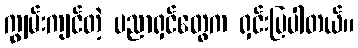
ကျွမ်းကျင်တဲ့ ပညာရှင်တွေက ရှင်းပြပါတယ်။